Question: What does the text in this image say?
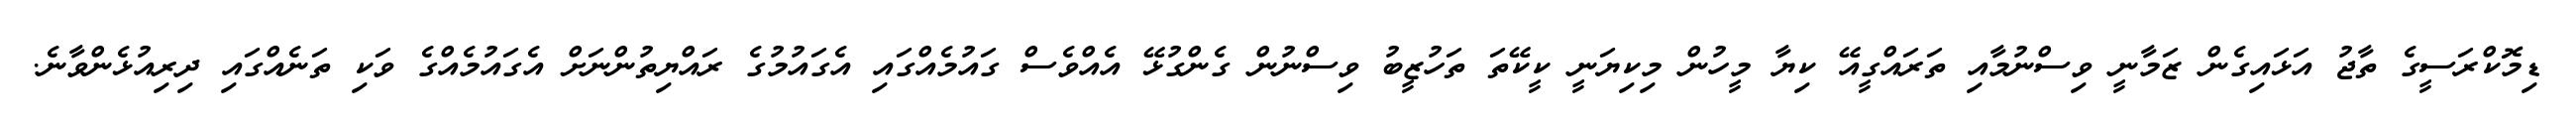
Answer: ޑިމޮކްރަސީގެ ތާޖު އަޅައިގެން ޒަމާނީ ވިސްނުމާއި ތަރައްގީއޭ ކިޔާ މީހުން މިކިޔަނީ ކީކޭތަ ތަހުޒީބު ވިސްނުން ގެންގުޅޭ އެއްވެސް ގައުމެއްގައި އެގައުމުގެ ރައްޔިތުންނަށް އެގައުމެއްގެ ވަކި ތަނެއްގައި ދިރިއުޅެންވާނެ.